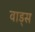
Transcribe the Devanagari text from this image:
वाड्स